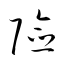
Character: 嶮